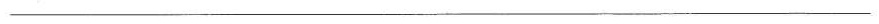
___